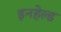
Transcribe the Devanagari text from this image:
इनहेल्ड